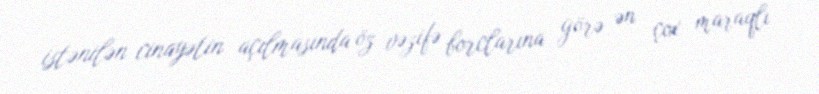
istənilən cinayətin açılmasında öz vəzifə borclarına görə ən çox maraqlı